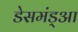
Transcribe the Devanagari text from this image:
डेसमंड्आ